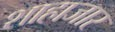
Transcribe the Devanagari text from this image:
शाहाजार